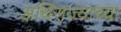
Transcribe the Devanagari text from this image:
अधिराज्याच्या